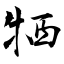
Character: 牺